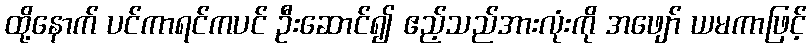
ထို့နောက် ပင်ကာရင်ကပင် ဦးဆောင်၍ ဧည့်သည်အားလုံးကို အဖျော် ယမကာဖြင့်